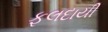
ફલદાયી